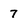
Character: 7